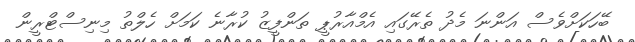
ބޭހަކަށްވެސް އަންނަ މެދު ތެރޭގައި އެމްއާރުޕީ ތަންފީޒު ކުރާނެ ކަމަށް ހެލްތު މިނިސްޓްރީން